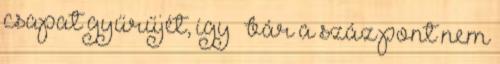
csapat gyűrűjét, így – bár a száz pont nem